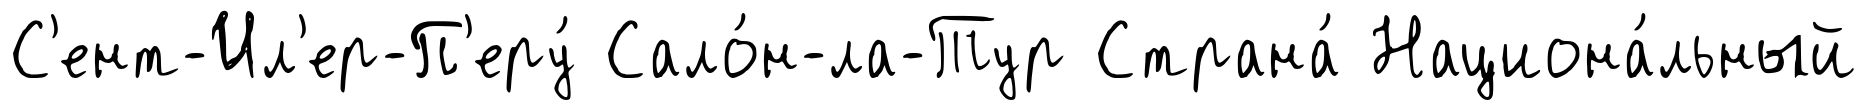
С'ент-Ил'ер-П'еру́ Сало́н-ла-Тур Страна́ Национа́льный